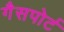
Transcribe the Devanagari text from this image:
गैसपोर्ट